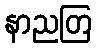
နာညတြ